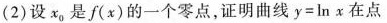
(2)设x_{0}是f(x)的一个零点，证明曲线$$y = \ln { x }$$ 在点